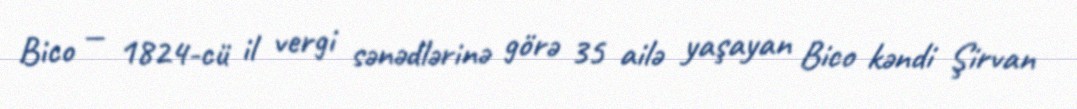
Bico — 1824-cü il vergi sənədlərinə görə 35 ailə yaşayan Bico kəndi Şirvan